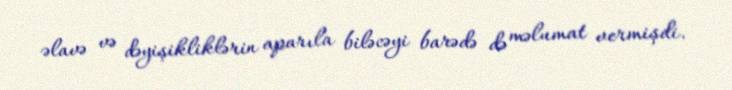
əlavə və dəyişikliklərin aparıla biləcəyi barədə də məlumat vermişdi.